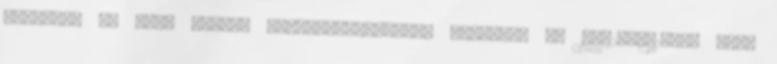
December 8. Nagy István épületenergetikai szakértő T: 36-20-9519904 info